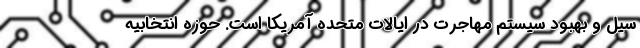
سیل و بهبود سیستم مهاجرت در ایالات متحده آمریکا است. حوزه انتخابیه